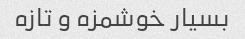
بسیار خوشمزه و تازه